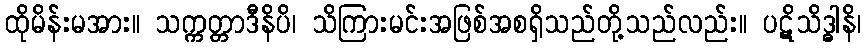
ထိုမိန်းမအား။ သက္ကတ္တာဒီနိပိ၊ သိကြားမင်းအဖြစ်အစရှိသည်တို့သည်လည်း။ ပဋိသိဒ္ဓါနိ၊